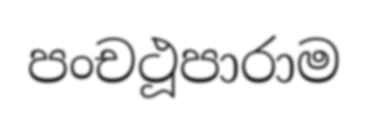
පංචථූපාරාම